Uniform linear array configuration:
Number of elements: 4
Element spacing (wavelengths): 0.5
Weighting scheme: hann
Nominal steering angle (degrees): -15
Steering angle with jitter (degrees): -15.356
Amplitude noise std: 0.05
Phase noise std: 0.05

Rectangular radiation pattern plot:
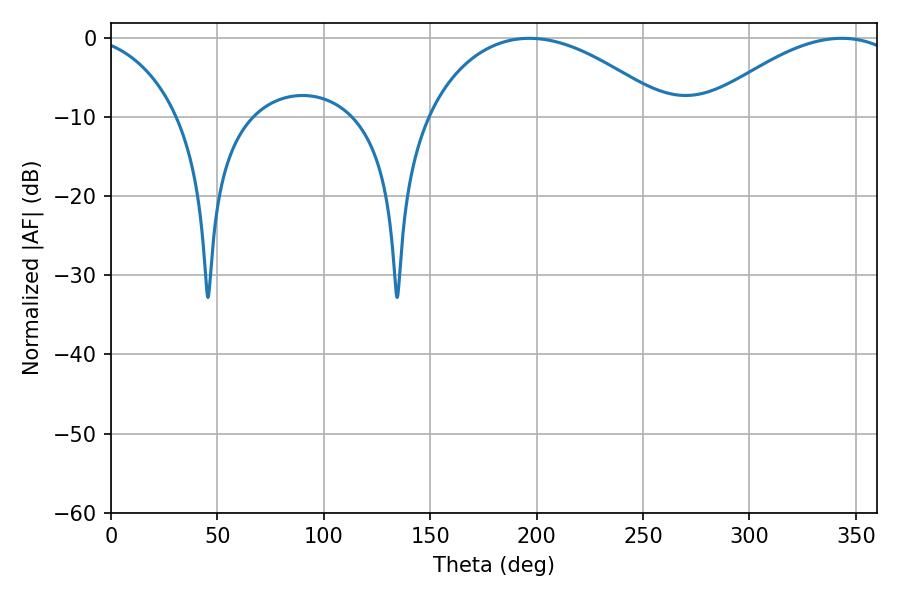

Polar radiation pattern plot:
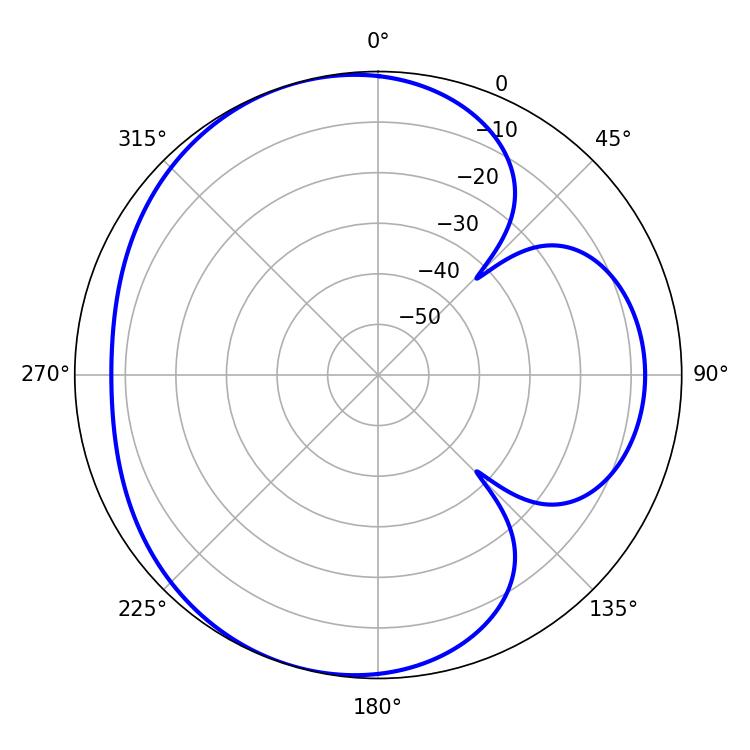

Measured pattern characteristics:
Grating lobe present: FALSE
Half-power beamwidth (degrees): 63.9
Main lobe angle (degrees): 196.56